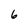
Character: 6